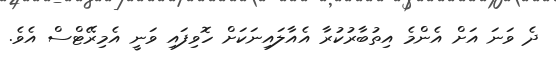
ދެ ވަނަ އަށް އެންމެ އިތުބާރުކުރާ އެއާލައިނަކަށް ހޮވިފައި ވަނީ އެމިރޭޓްސް އެވެ.